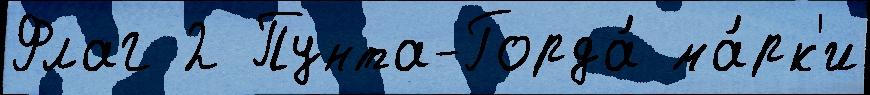
Флаг 2 Пунта-Горда́ ма́рк'и